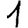
Digit: 1